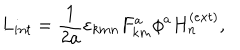
LaTeX: L _ { i n t } = \frac { 1 } { 2 a } \varepsilon _ { k m n } F _ { k m } ^ { a } \phi ^ { a } H _ { n } ^ { ( e x t ) } ,